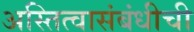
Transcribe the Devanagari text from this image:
अस्तित्वासंबंधीची